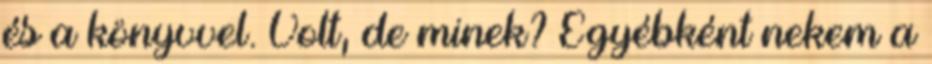
és a könyvvel. Volt, de minek? Egyébként nekem a